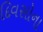
દિવસોના